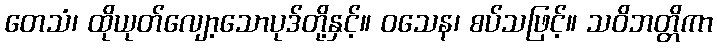
တေသံ၊ ထိုယုတ်လျော့သောပုဒ်တို့နှင့်။ ဝသေန၊ စပ်သဖြင့်။ သဝိဘတ္တိကာ